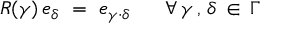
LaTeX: R ( \gamma ) \, e _ { \delta } ~ = ~ e _ { \gamma \cdot \delta } ~ ~ ~ ~ ~ \forall \, \gamma \, , \, \delta \, \in \, \Gamma